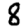
Digit: 8